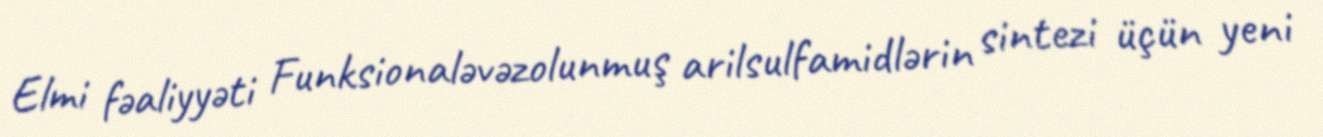
Elmi fəaliyyəti Funksionaləvəzolunmuş arilsulfamidlərin sintezi üçün yeni